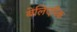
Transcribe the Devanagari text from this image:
बेलिएरिक